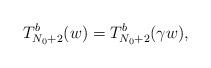
LaTeX: \begin{align*} T^b_{N_0 + 2}(w) = T^b_{N_0 + 2}(\gamma w), \end{align*}